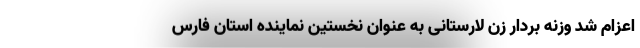
اعزام شد وزنه بردار زن لارستانی به عنوان نخستین نماینده استان فارس